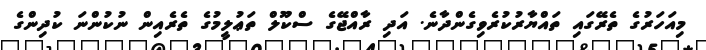
މިއަހަރުގެ ތެރޭގައި ތައްޔާރުކުރެވިގެންދާނެ. އަދި ރާއްޖޭގެ ސްކޫލް ތަޢުލީމުގެ ތެރެއިން ނުކުންނަ ކުދިންގެ